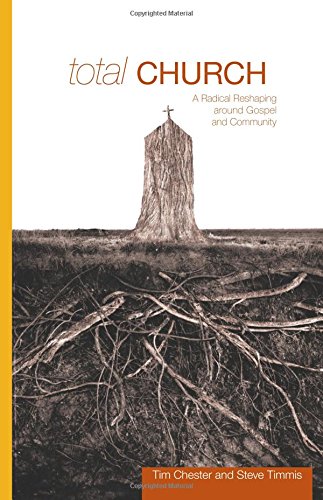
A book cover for Total Church: A Radical Reshaping around Gospel and Community (Re: Lit Books); Tim Chester; Christian Books & Bibles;